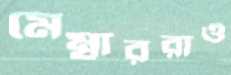
মেম্বাররাও